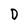
Character: D